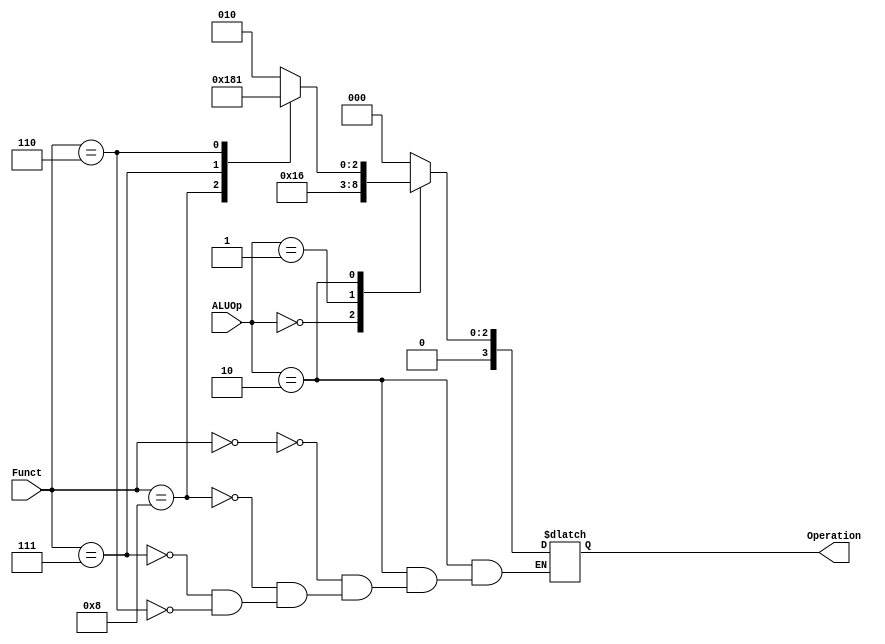
module ALU_Control(
  input [1:0] ALUOp,
  input [3:0] Funct,
  
  output reg [3:0] Operation  
);
  
  always @(*)
      begin
      case ( ALUOp )
        2'b00: Operation = 4'b0010 ;
        2'b01: Operation = 4'b0110 ;
        2'b10:
          begin
            case (Funct)
              4'b0000: Operation = 4'b0010 ;
              4'b1000: Operation = 4'b0110 ;
              4'b0111: Operation = 4'b0000 ;
              4'b0110: Operation = 4'b0001 ;
            endcase
          end
        default: Operation = 4'b0 ;
      endcase
    end
   
endmodule